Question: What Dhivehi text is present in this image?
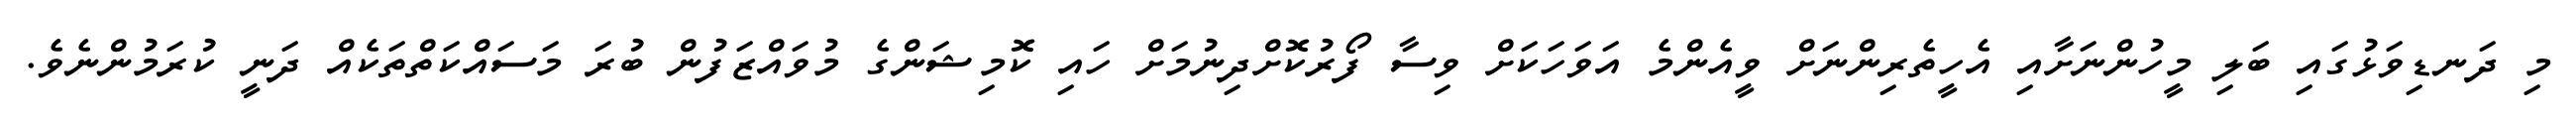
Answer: މި ދަނޑިވަޅުގައި ބަލި މީހުންނަށާއި އެހީތެރިންނަށް ވީއެންމެ އަވަހަކަށް ވިސާ ފޯރުކޮށްދިނުމަށް ހައި ކޮމިޝަންގެ މުވައްޒަފުން ބުރަ މަސައްކަތްތަކެއް ދަނީ ކުރަމުންނެވެ.